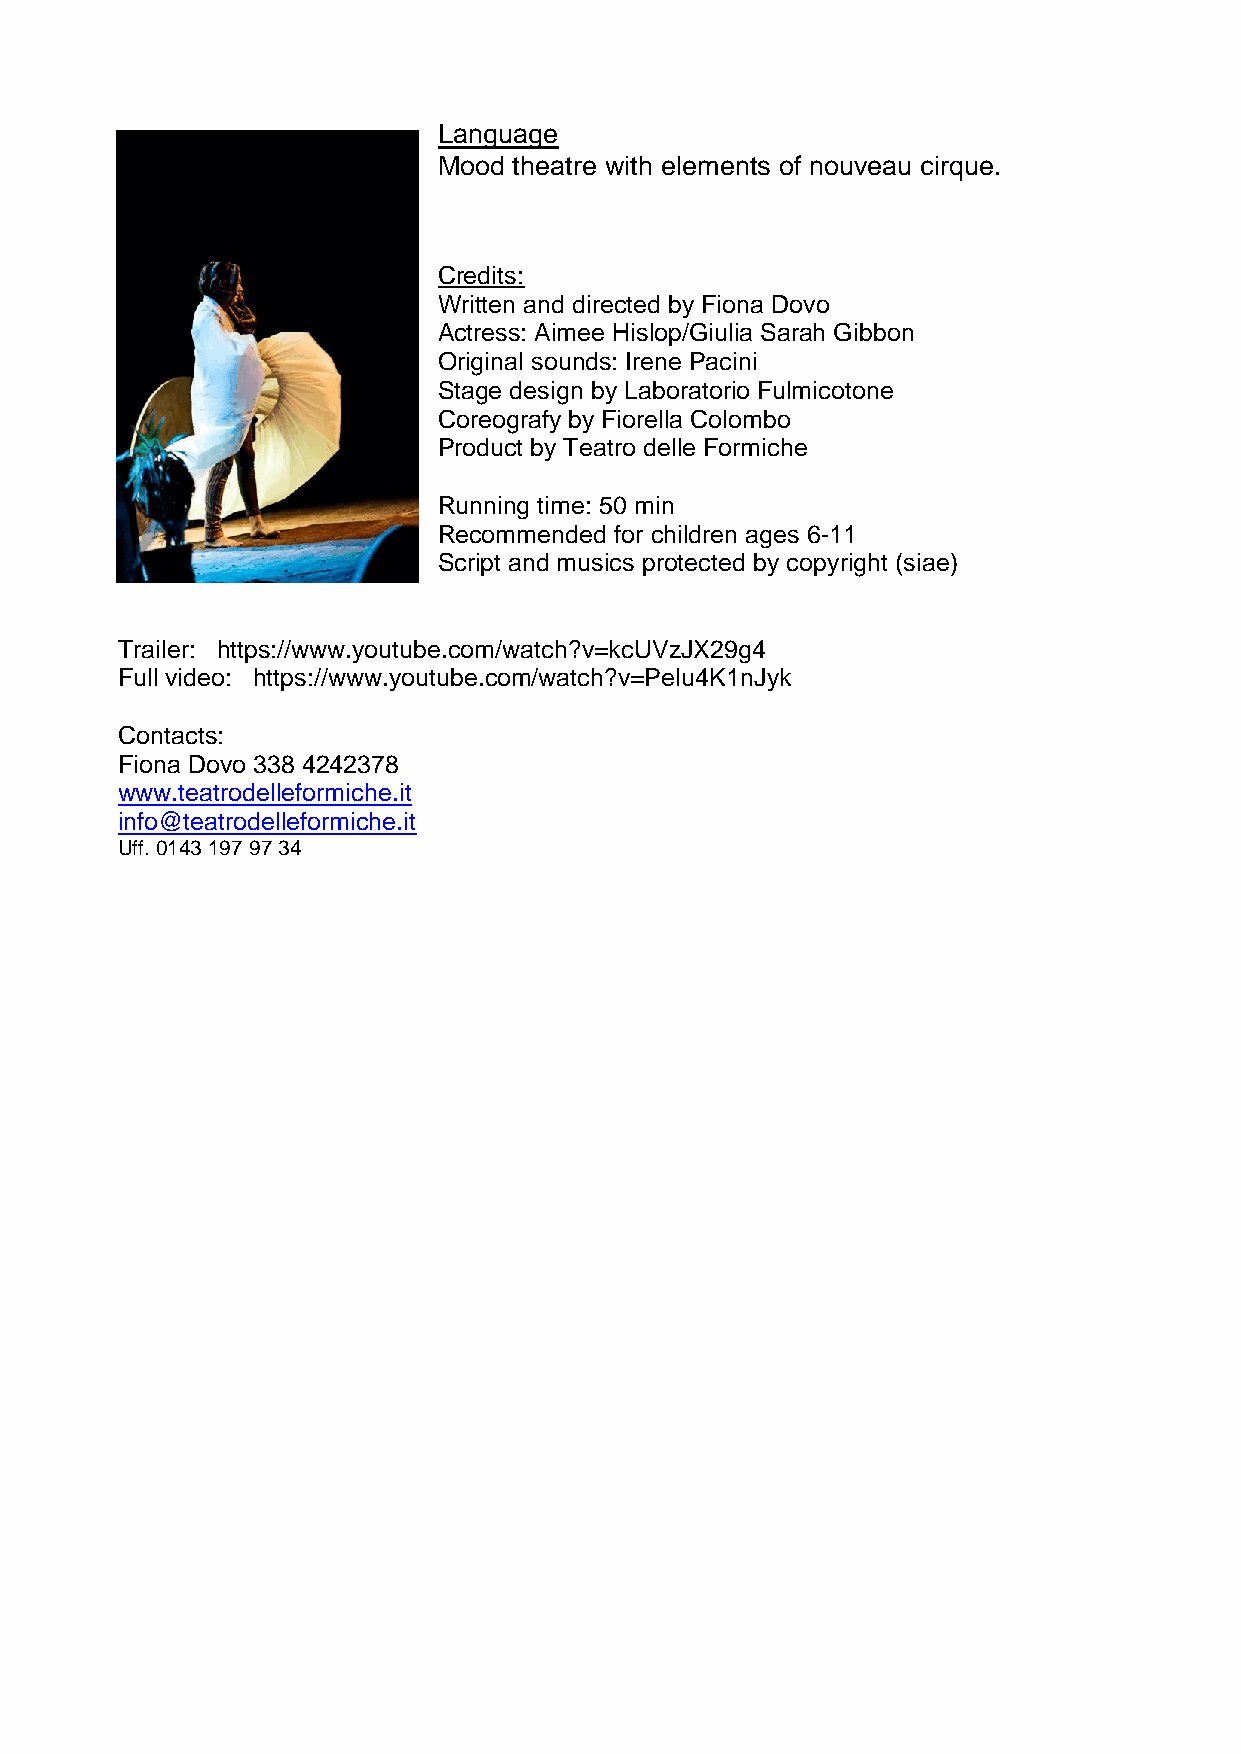
Language
 Mood theatre with elements of nouveau cirque.
 Credits:
 Written and directed by Fiona Dovo
 Actress: Aimee Hislop/Giulia Sarah Gibbon
 Original sounds: Irene Pacini
 Stage design by Laboratorio Fulmicotone
 Coreografy by Fiorella Colombo
 Product by Teatro delle Formiche
 Running time: 50 min
 Recommended for children ages 6-11
 Script and musics protected by copyright (siae)
 Trailer: https://www.youtube.com/watch?v=kcUVzJX29g4
 Full video: https://www.youtube.com/watch?v=Pelu4K1nJyk
 Contacts:
 Fiona Dovo 338 4242378
 www.teatrodelleformiche.it
 info@teatrodelleformiche.it
 Uff. 0143 197 97 34